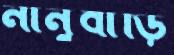
নানুবাড়ি